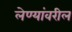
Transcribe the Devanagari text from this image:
लेण्यांवरील